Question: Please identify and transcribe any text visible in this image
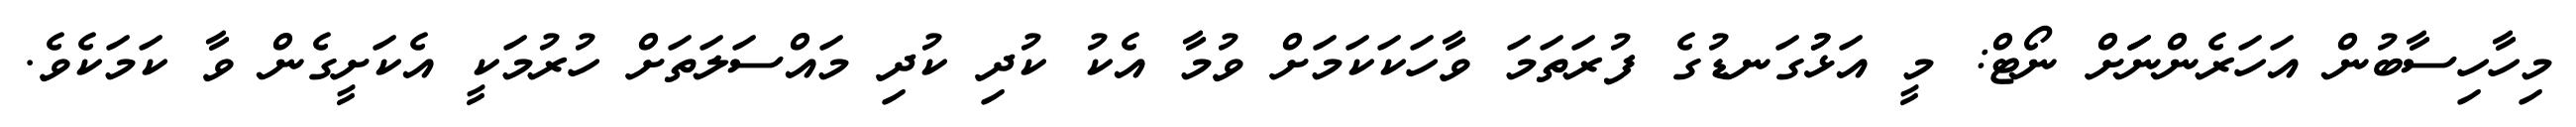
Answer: މިހާހިސާބުން އަހަރެންނަަށް ނޯޓް: މީ އަޅުުގަނޑުގެ ފުރަތަމަ ވާހަކަކަމަށް ވުމާ އެކު ކުދި ކުދި މައްސަލަތަށް ހުރުމަކީ އެކަށީގެން ވާ ކަމަކެވެ.